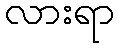
လားရာ